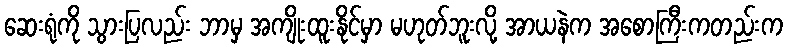
ဆေးရုံကို သွားပြလည်း ဘာမှ အကျိုးထူးနိုင်မှာ မဟုတ်ဘူးလို့ အာယနဲက အစောကြီးကတည်းက